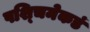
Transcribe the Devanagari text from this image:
पश्‍चिमेकडं